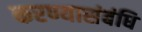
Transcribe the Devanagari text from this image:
करण्यासंबंधि